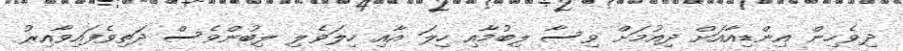
ދިވެހިން އިންޑިއާއަށް ދިއުމަށް ވިސާ ލިބުމާއި ހިލަ އާއި ހިލަވެލި ލިބުންވެސް ދަތިވެފައިވާއިރު